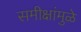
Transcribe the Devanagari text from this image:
समीक्षांमुळे